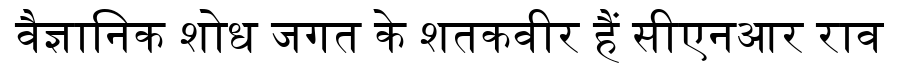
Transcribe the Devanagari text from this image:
वैज्ञानिक शोध जगत के शतकवीर हैं सीएनआर राव